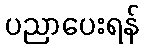
ပညာပေးရန်